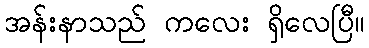
အန်းနာသည် ကလေး ရှိလေပြီ။